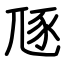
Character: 豗